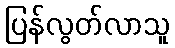
ပြန်လွတ်လာသူ